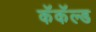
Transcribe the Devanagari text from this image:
कॅकॅल्ड